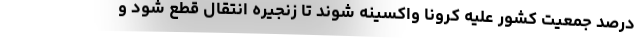
درصد جمعیت کشور علیه کرونا واکسینه شوند تا زنجیره انتقال قطع شود و